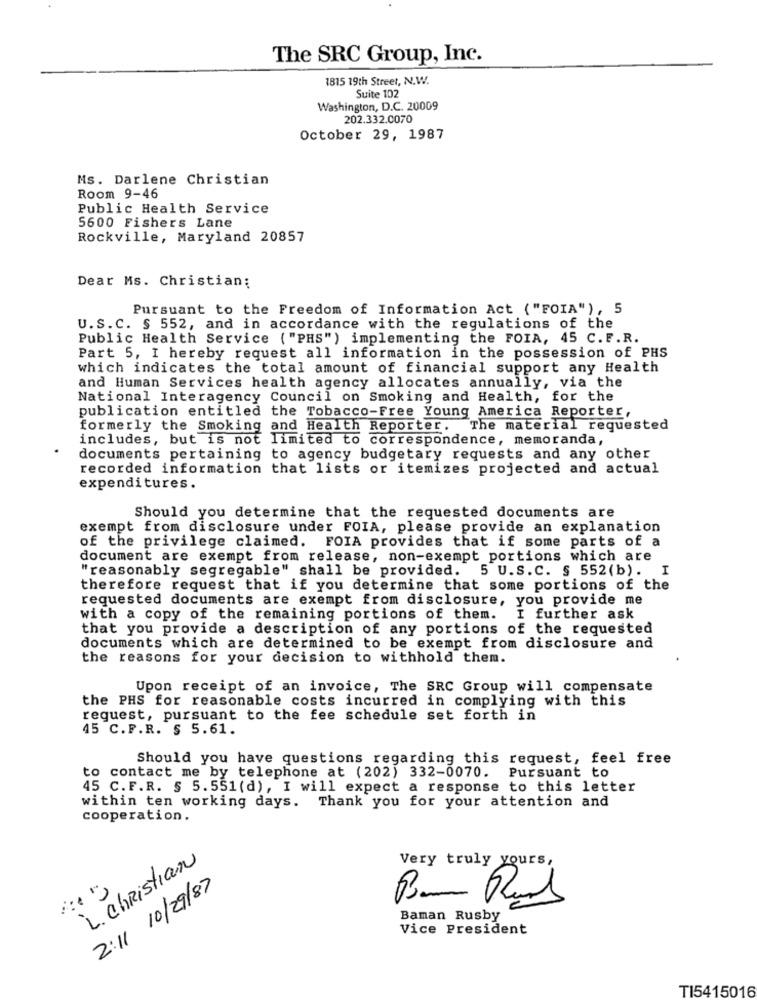
The SRC Group, Inc.
1815 19th Street, N.W.
Suite 102
Washington, D.C. 20009
202.332.0070
October 29, 1987
Ms. Darlene Christian
Room 9-46
Public Health Service
5600 Fishers Lane
Rockville, Maryland 20857
Dear Ms. Christian:
Pursuant to the Freedom of Information Act ( "FOIA"), 5
U.S.C. § 552, and in accordance with the regulations of the
Public Health Service ( "PHS" ) implementing the FOIA, 45 C. F.R.
Part 5, I hereby request all information in the possession of PHS
which indicates the total amount of financial support any Health
and Human Services health agency allocates annually, via the
National Interagency Council on Smoking and Health, for the
publication entitled the Tobacco-Free Young America Reporter,
formerly the Smoking and Health Reporter.
The material requested
includes, but is not limited to correspondence, memoranda,
documents pertaining to agency budgetary requests and any other
recorded information that lists or itemizes projected and actual
expenditures.
Should you determine that the requested documents are
exempt from disclosure under FOIA, please provide an explanation
of the privilege claimed. FOIA provides that if some parts of a
document are exempt from release, non-exempt portions which are
"reasonably segregable" shall be provided. 5 U.S. C. § 552(b). I
therefore request that if you determine that some portions of the
requested documents are exempt from disclosure, you provide me
with a copy of the remaining portions of them.
I further ask
that you provide a description of any portions of the requested
documents which are determined to be exempt from disclosure and
the reasons for your decision to withhold them.
Upon receipt of an invoice, The SRC Group will compensate
the PHS for reasonable costs incurred in complying with this
request, pursuant to the fee schedule set forth in
45 C.F.R. § 5.61.
Should you have questions regarding this request, feel free
to contact me by telephone at (202) 332-0070.
Pursuant to
45 C.F.R. § 5.551 (d), I will expect a response to this letter
within ten working days. Thank you for your attention and
cooperation.
L. Christian
Very truly yours,
2:11 10/29/87
Baman Rusby
Vice President
TI5415016